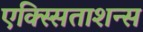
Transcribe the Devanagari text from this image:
एक्स्सिताशन्स